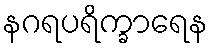
နဂရပရိက္ခာရေန